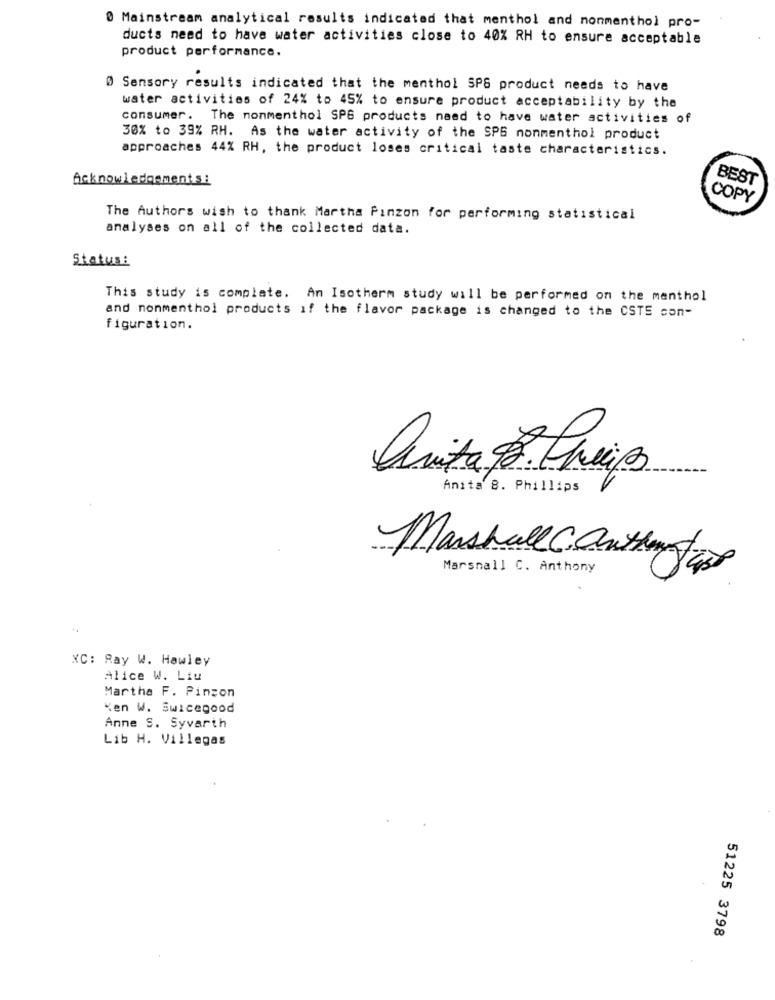
0 Mainstream analytical results indicated that menthol and nonmenthol pro-
ducts need to have water activities close to 40% RH to ensure acceptable
product performance.
Ø Sensory results indicated that the menthol SPS product needs to have
water activities of 24% to 45% to ensure product acceptability by the
consumer. The nonmenthol SPS products need to have water activities of
30% to 39% RH. As the water activity of the SPG nonmenthol product
approaches 44% RH, the product loses critical taste characteristics.
Acknowledgements:
BEST
COPY
The Authors wish to thank Martha Pinzon for performing statistical
analyses on all of the collected data.
Status:
This study is complete. An Isotherm study will be performed on the menthol
and nonmenthol products if the flavor package is changed to the CSTE con-
figuration.
Anita 9.Cheias
Anita 8. Phillips
Marshall C. anthony
Marshall C. Anthony
XC: Ray W. Hawley
Alice W. Liu
Martha F. Pinzon
Ken W. Swicegood
Anne S. Syvarth
Lib H. Villegas
51225 3798